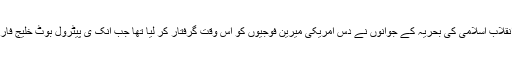
جبکہ بارہ جنوری دو ہزار سولہ کو سپاہ پاسداران انقلاب اسلامی کی بحریہ کے جوانوں نے دس امریکی میرین فوجیوں کو اس وقت گرفتار کر لیا تھا جب انک ی پیٹرول بوٹ خلیج فارس میں ایرانی سمندری حدود میں داخل ہوگئی تھی۔